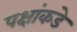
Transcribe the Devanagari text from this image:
पक्षांकडे